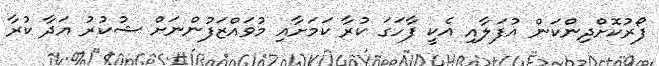
ފޯރުކޮށްދިންކަން އުފަލާއި އެކީ ފާހަގަ ކުރާ ކަމަށާއި މުވައްޒަފުންނަށް ޝުކުރު އަދާ ކުރާ